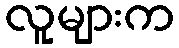
လူများက